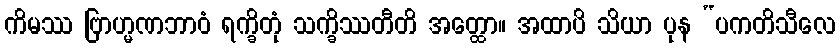
ကိမဿ ဗြာဟ္မဏဘာဝံ ရက္ခိတုံ သက္ခိဿတီတိ အတ္ထော။ အထာပိ သိယာ ပုန “ပကတိသီလေ